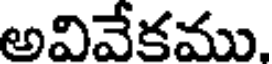
అవివేకము.